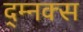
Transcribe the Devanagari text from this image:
द्म्नक्स